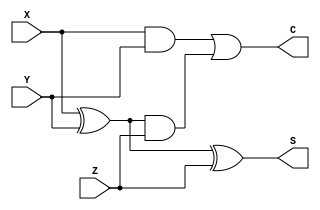
module FA(X,Y,Z,C,S);
   input X,Y,Z;
   output S,C;

   assign S = X ^ Y ^ Z;
   assign C = (X & Y) | ((X ^ Y) & Z);  

endmodule


module RCA (A,B,C_in,C_out, SUM);
   parameter n = 4;
   input [n-1:0] A, B;
   input C_in;
   output reg[n-1:0] SUM;
   output reg C_out;
   wire[n-1:0] S;
   wire[n:0] carry;

   assign carry[0] = C_in;

   genvar i;

   for (i = 0; i < n; i = i + 1) begin
   FA full_adder(A[i], B[i], carry[i], carry[i+1], S[i]);
   end

   always@(*) begin
      C_out = carry[n];
      SUM = S;
   end

endmodule